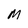
Character: M